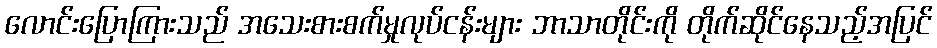
လောင်းပြောကြားသည် အသေးစားစက်မှုလုပ်ငန်းများ ဘာသာတိုင်းကို တိုက်ဆိုင်နေသည့်အပြင်